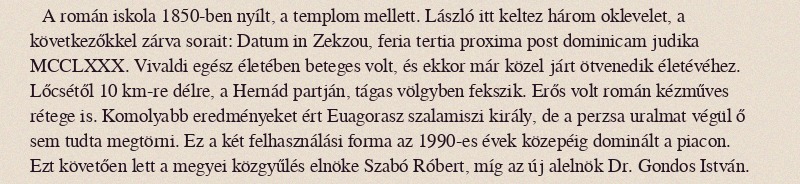
A román iskola 1850-ben nyílt, a templom mellett. László itt keltez három oklevelet, a következőkkel zárva sorait: Datum in Zekzou, feria tertia proxima post dominicam judika MCCLXXX. Vivaldi egész életében beteges volt, és ekkor már közel járt ötvenedik életévéhez. Lőcsétől 10 km-re délre, a Hernád partján, tágas völgyben fekszik. Erős volt román kézműves rétege is. Komolyabb eredményeket ért Euagorasz szalamiszi király, de a perzsa uralmat végül ő sem tudta megtörni. Ez a két felhasználási forma az 1990-es évek közepéig dominált a piacon. Ezt követően lett a megyei közgyűlés elnöke Szabó Róbert, míg az új alelnök Dr. Gondos István.